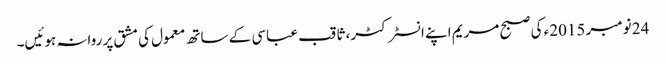
24 نومبر 2015ء کی صبح مریم اپنے انسٹرکٹر، ثاقب عباسی کے ساتھ معمول کی مشق پر روانہ ہوئیں۔